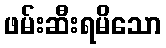
ဖမ်းဆီးရမိသော